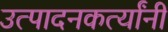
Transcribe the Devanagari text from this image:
उत्पादनकर्त्यांनी